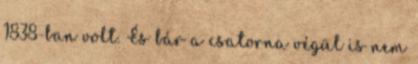
1838-ban volt. És bár a csatorna végül is nem